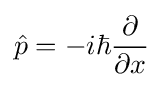
{\hat {p}}=-i\hbar {\frac {\partial }{\partial x}}